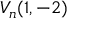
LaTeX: V _ { n } ( 1 , - 2 )